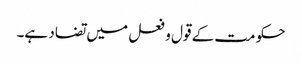
حکومت کے قول و فعل میں تضاد ہے۔